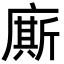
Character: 廝